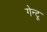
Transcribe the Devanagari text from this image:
गेन्टू